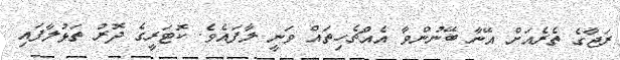
ރަޖާގެ ތެރެއަށް އޭނާ ބޭނުންވާ އެއްޗެހިތައް ވަނީ ލާފައެވެ. ކޮޓަރީގެ ދޮރު ތަޅުލާފައި